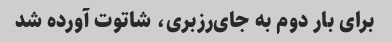
برای بار دوم به جای‌رزبری، شاتوت آورده شد